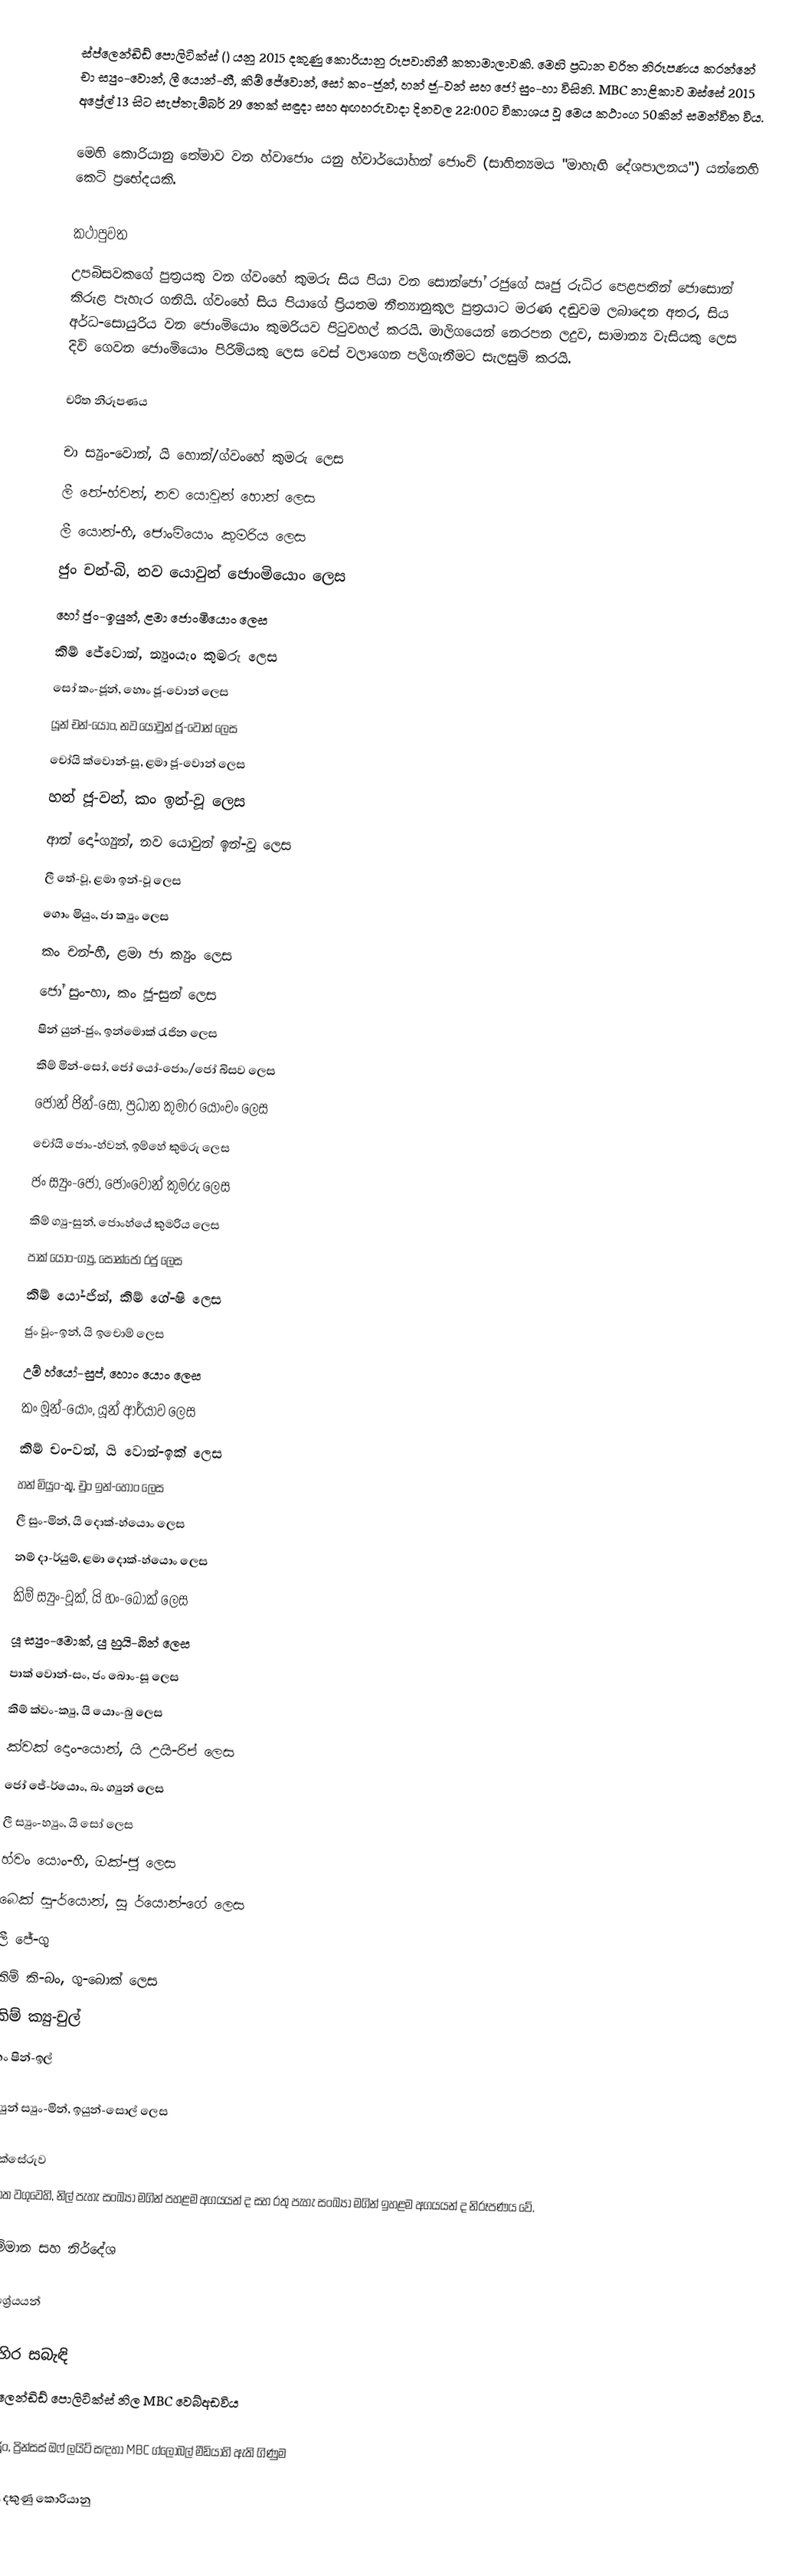
ස්ප්ලෙන්ඩිඩ් පොලිටික්ස් () යනු 2015 දකුණු කොරියානු රූපවාහිනී කතාමාලාවකි. මෙහි ප්‍රධාන චරිත නිරූපණය කරන්නේ චා ස්‍යුං-වොන්, ලී යොන්-හී, කිම් ජේවොන්, සෝ කං-ජූන්, හන් ජූ-වන් සහ ජෝ සුං-හා විසිනි. MBC නාළිකාව ඔස්සේ 2015 අප්‍රේල් 13 සිට සැප්තැම්බර් 29 තෙක් සඳුදා සහ අඟහරුවාදා දිනවල 22:00ට විකාශය වූ මෙය කථාංග 50කින් සමන්විත විය.

මෙහි කොරියානු තේමාව වන හ්වාජොං යනු හ්වාර්යෝහන් ජොංචි (සාහිත්‍යමය "මාහැඟි දේශපාලනය") යන්නෙහි කෙටි ප්‍රභේදයකි.

කථාපුවත
උපබිසවකගේ පුත්‍රයකු වන ග්වංහේ කුමරු සිය පියා වන සොන්ජෝ රජුගේ ඍජු රුධිර පෙළපතින් ජොසොන් කිරුළ පැහැර ගනියි. ග්වංහේ සිය පියා‍ගේ ප්‍රියතම නීත්‍යානුකූල පුත්‍රයාට මරණ දඬුවම ලබාදෙන අතර, සිය අර්ධ-සොයුරිය වන ජොංමියොං කුමරියව පිටුවහල් කරයි. මාලිගයෙන් නෙරපන ලදුව, සාමාන්‍ය වැසියකු ලෙස දිවි ගෙවන ජොංමියොං පිරිමියකු ලෙස වෙස් වලාගෙන පලිගැනීමට සැලසුම් කරයි.

චරිත නිරූපණය

චා ස්‍යුං-වොන්, යි හොන්/ග්වංහේ කුමරු ලෙස
ලී තේ-හ්වන්, නව යොවුන් හොන් ලෙස
ලී යොන්-හී, ජොංමියොං කුමරිය ලෙස
ජුං චන්-බි, නව යොවුන් ජොංමියොං ලෙස
හෝ ජුං-ඉයුන්, ළමා ජොංමියොං ලෙස
කිම් ජේවොන්, න්‍යුංයැං කුමරු ලෙස
සෝ කං-ජූන්, හොං ජූ-වොන් ලෙස
යූන් චන්-යොං, නව යොවුන් ජූ-වොන් ලෙස
චෝයි ක්වොන්-සූ, ළමා ජූ-වොන් ලෙස
හන් ජූ-වන්, කං ඉන්-වූ ලෙස
ආන් දෝ-ග්‍යුන්, නව යොවුන් ඉන්-වූ ලෙස
ලී තේ-වූ, ළමා ඉන්-වූ ලෙස
‍ගොං මියුං, ජා ක්‍යුං ලෙස
කං චන්-හී, ළමා ජා ක්‍යුං ලෙස
ජෝ සුං-හා, කං ජූ-සුන් ලෙස
ෂින් යුන්-ජුං, ඉන්මොක් රැජින ලෙස
කිම් මින්-සෝ, ජෝ යෝ-ජොං/ජෝ බිසව ලෙස
ජොන් ජින්-‍සෝ, ප්‍රධාන කුමාර යොංචං ලෙස
චෝයි ජොං-හ්වන්, ඉම්හේ කුමරු ලෙස
ජං ස්‍යුං-ජෝ, ජොංවොන් කුමරු ලෙස
කිම් ග්‍යු-සුන්, ජොංහ්යේ කුමරිය ලෙස
පාක් යොං-ග්‍යු, සොන්ජෝ රජු ලෙස
කිම් යෝ-ජින්, කිම් ගේ-ෂි ලෙස
ජුං වූං-ඉන්, යි ඉචොම් ලෙස
උම් හ්යෝ-සුප්, හොං යොං ලෙස
කං මූන්-යොං, යූන් ආර්යාව ලෙස
කිම් චං-වන්, යි වොන්-ඉක් ලෙස
හන් මියුං-කූ, චුං ඉන්-හොං ලෙස
ලී සුං-මින්, යි දොක්-හ්යොං ලෙස
නම් දා-ර්යුම්, ළමා දොක්-හ්යොං ලෙස
කිම් ස්‍යුං-වූක්, යි හං-බොක් ලෙස
යූ ස්‍යුං-මොක්, යු හුයි-බින් ලෙස
පාක් වොන්-සං, ජං බොං-සූ ලෙස
කිම් ක්වං-ක්‍යු, යි යොං-බු ලෙස
ක්වක් දොං-යොන්, යි උයි-රිප් ලෙස
ජෝ ජේ-ර්යොං, බං ග්‍යුන් ලෙස
ලී ස්‍යුං-හ්‍යුං, යි සෝ ලෙස
හ්වං යොං-හී, ඔක්-ජූ ලෙස
බෙක් සු-ර්යොන්, සූ ර්යොන්-ගේ ලෙස
ලී ජේ-ගු
කිම් කි-බං, ගු-බොක් ලෙස
කිම් ක්‍යු-චුල්
කං ෂින්-ඉල්

හ්‍යුන් ස්‍යුං-මින්, ඉයුන්-සොල් ලෙස

තක්සේරුව
පහත වගුවෙහි, නිල් පැහැ සංඛ්‍යා මගින් පහළම අගයයන් ද සහ රතු පැහැ සංඛ්‍යා මගින් ඉහළම අගයයන් ද නිරූපණය වේ.

සම්මාන සහ නිර්දේශ

ආශ්‍රේයයන්

බාහිර සබැඳි
ස්ප්ලෙන්ඩිඩ් පොලිටික්ස් නිල MBC වෙබ්අඩවිය

හ්වාජුං, ප්‍රින්සස් ඔෆ් ලයිට් සඳහා MBC ග්ලෝබල් මීඩියාහි ඇති ගිණුම

2015 දකුණු කොරියානු